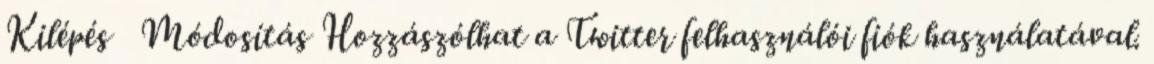
Kilépés Módosítás Hozzászólhat a Twitter felhasználói fiók használatával.